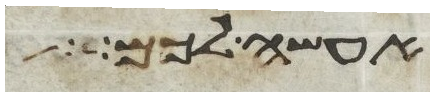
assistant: אעשה לכל